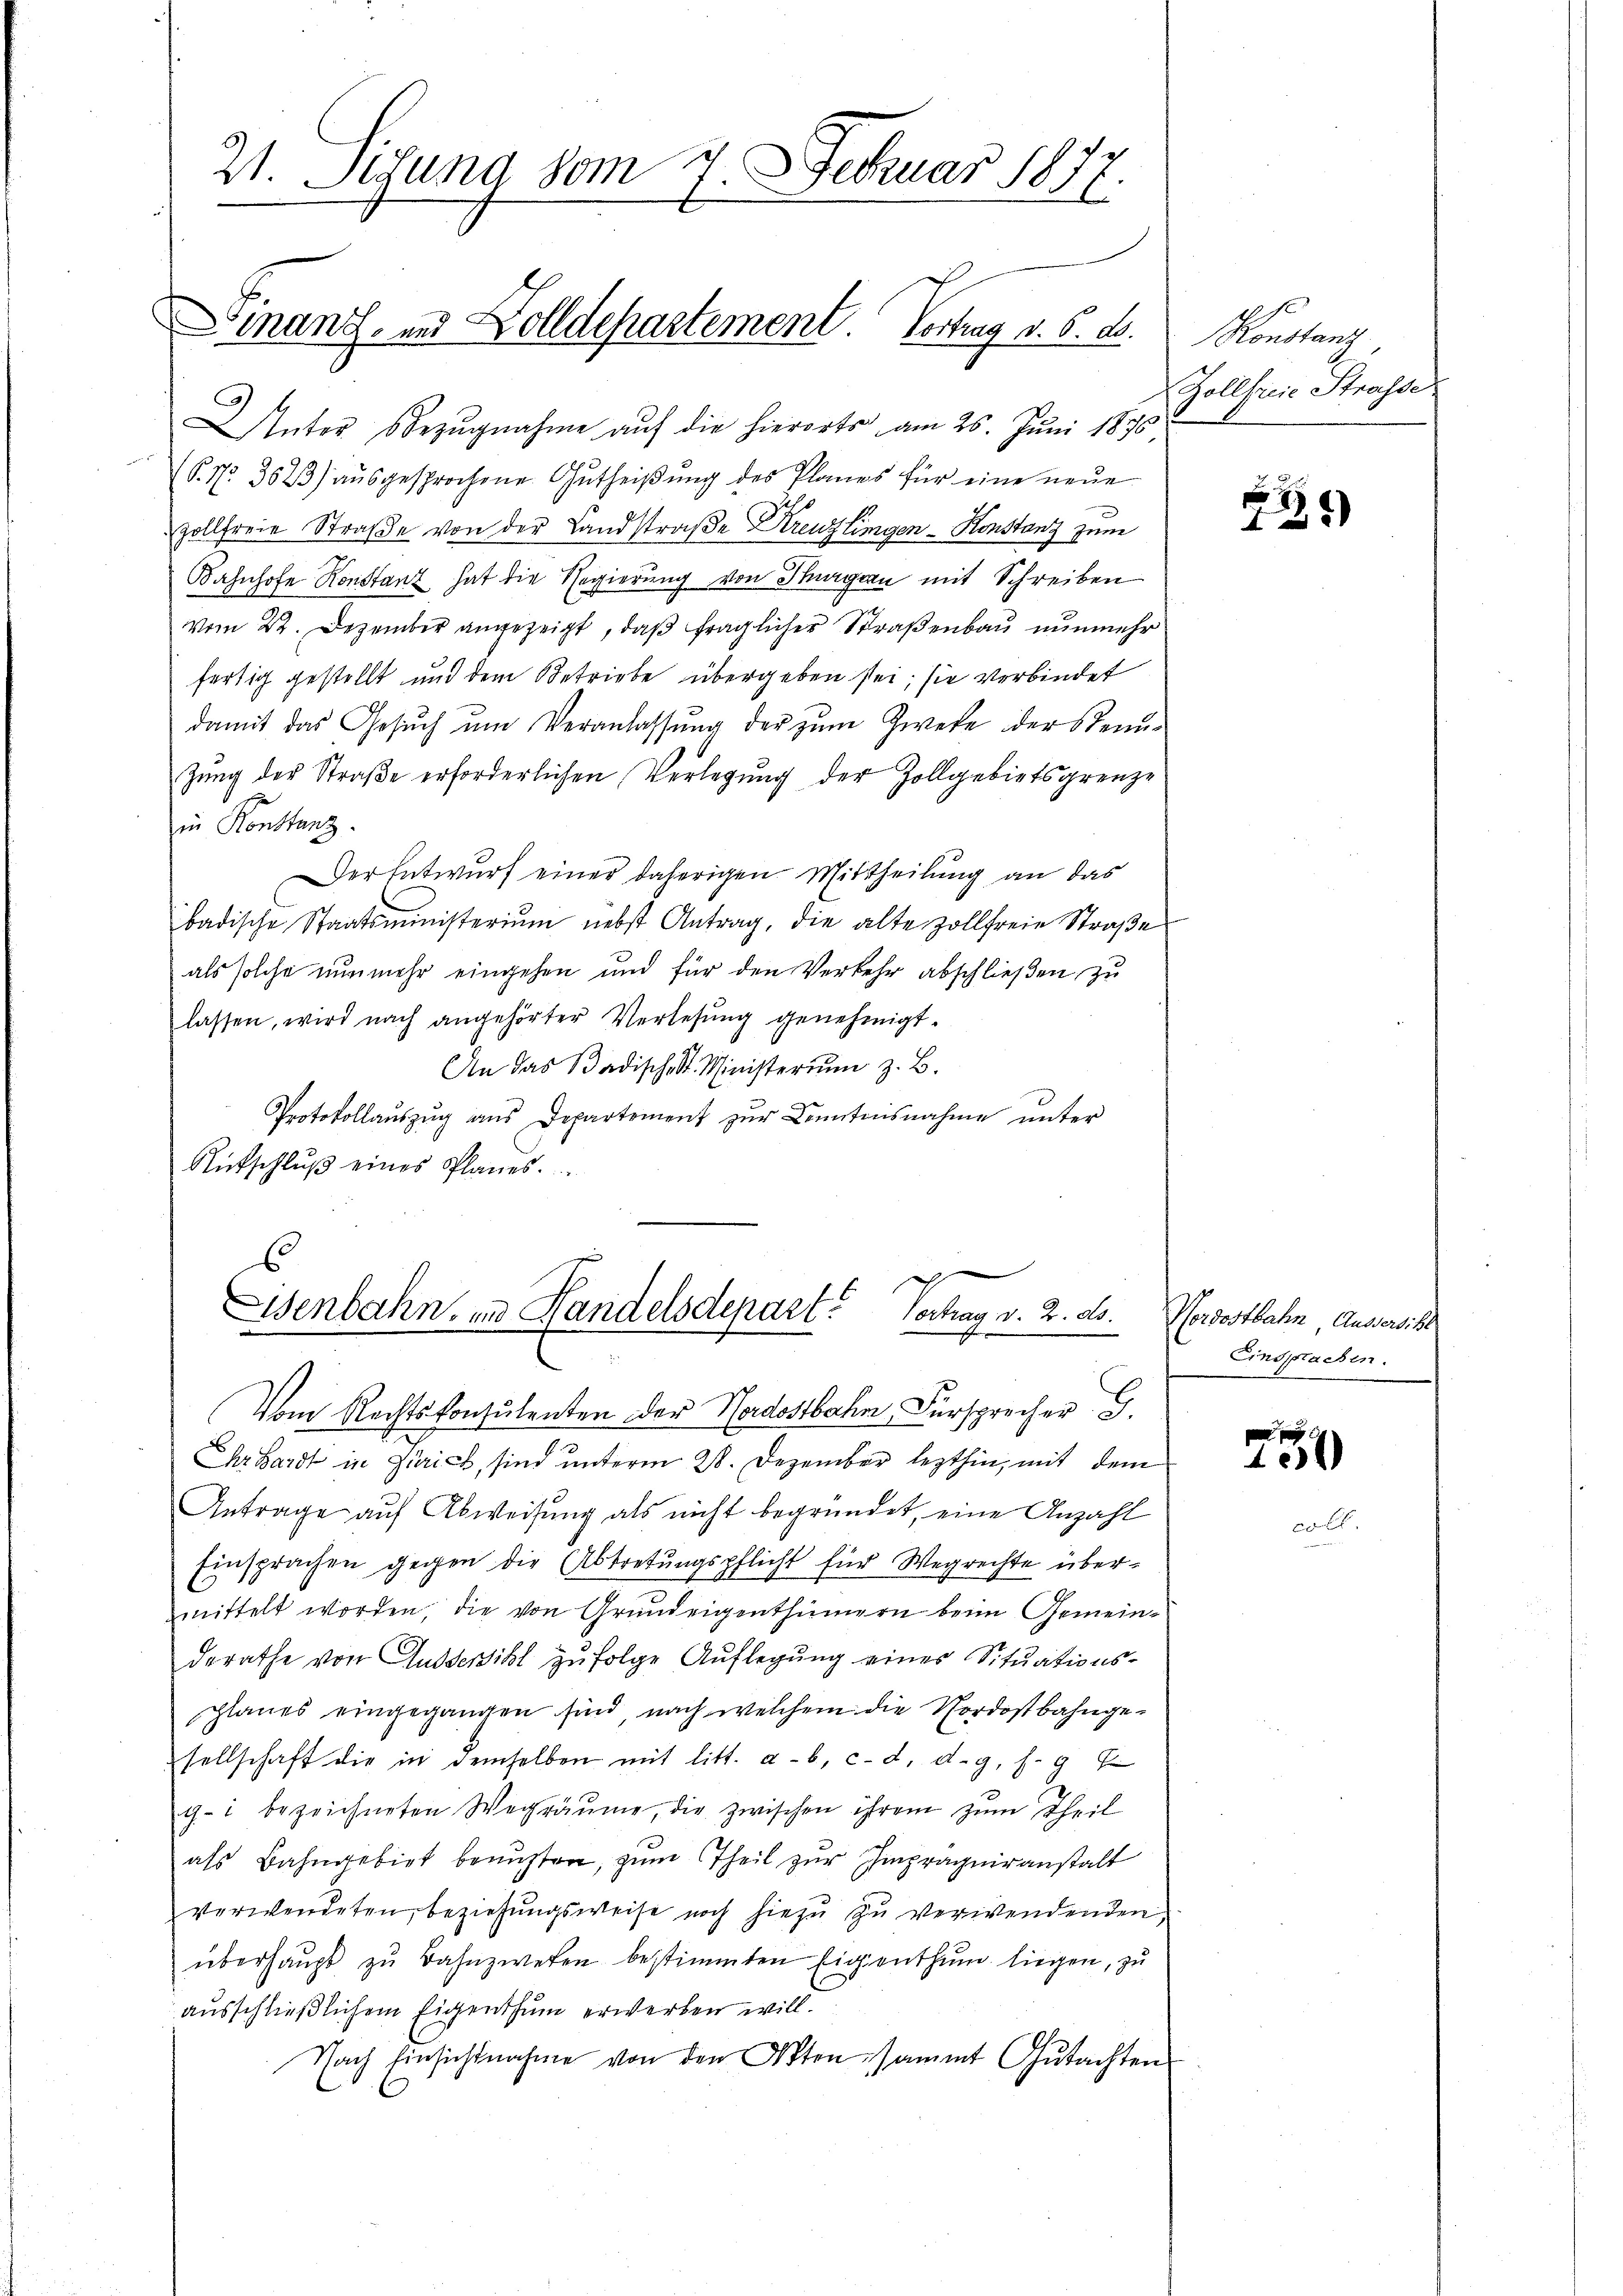
21. Sitzung vom 7. Februar 1877.

Dinanz- und Dolldepartement Vortrag v. 6. ds.

Unter Bezugnahme auf die hierorts am 26. Juni 1875
(§. 17. 3623 aŭsgesprochene Gŭtheiβŭng des Planes für eine neŭe
Zollfreie Straße von der Landstraße Kreuzlingen - Konstanz zum
Bahnhofe Konstanz hat die Regierung von Thurgern mit Schreiben
vom 22. Dezember angezeigt, daß fraglicher Straßenbau nunmehr
fertig gestellt und dem Betriebe übergeben sei; sie verbindet
damit das Gesuch um Veranlassung der zum Zweke der Stennzung der Straße erforderlichen Verlegung der Zollgebietsgrenze
in Konstanz
Der Entwurf einer daherigen Mittheilung an das
badische Staatsministerium nebst Antrag, die alte Zollfreie Straße
als solche nunmehr eingehen und für den Verkehr abschließen, zu
lassen, wird nach angehörter Verlesung genehmigt.
An das Badische St. Ministerium z. B.
Protokollaŭszŭg aŭs Departement zŭr Kenntnisnahme unter
Rückschlŭβ eines Planes.

g
Eisenbahn, in Handelsdepart. Vertrag v. 2. ds.
x
.

Vom Rechtskonsulenten der Nordostbahn, Fürsprecher B.
Ihr Hardt in Zürich, sind unterm 28. Dezember lezthin, mit dem
Antrage auf Abweisung als nicht begründet, eine Anzahl
Einsprachen gegen die Abtretungspflicht für Wegrechte übermittelt worden, die von Grundeigenthümern beim Gemeindrrathe von Aussersihl zufolge Auflegung eines Situationsplanes eingegangen sind nach welchem die Nordostbahngesellschaft die in demselben mit litt. a. b. c. d. d. g. f. 9
g- bezeichneten Wegräume, die zwischen ihrem zum Theil
als Bahngebiet benuzten, zum Theil zur Impragneranstalt
verwendeten, beziehungsweise noch hiezu zu verwendenden,
überhaŭpt zu Bahnzwesen bestimmten Eigenthum liegen, zu
ausschließlichem Eigenthum erwerben will.
Nach Einsichtnahme von den Akten sammt Gutachten

Konstanz
Zollseine Straße

1
4

Nordostbahn Aussersihl
Einsprachen.

11)